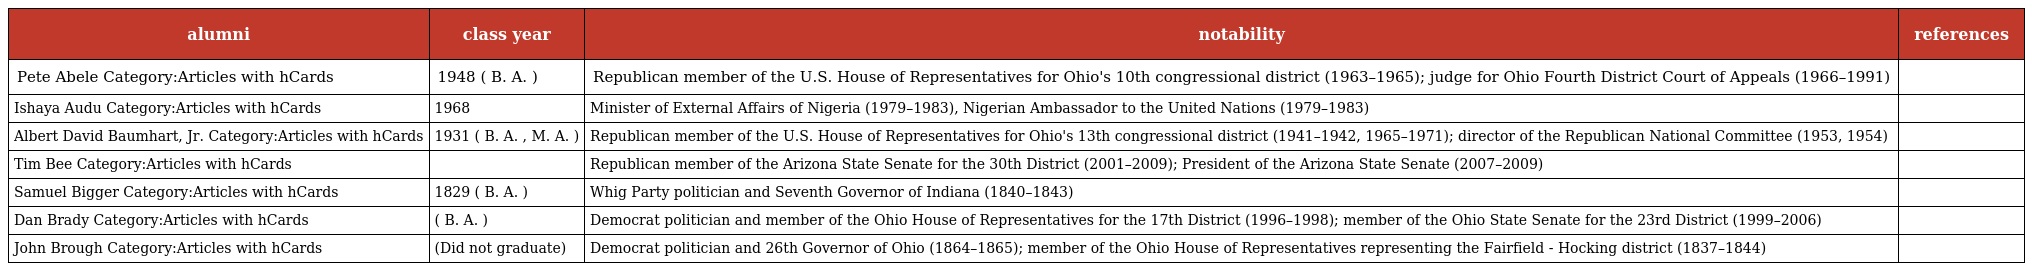
| alumni | class year | notability | references |
 | --- | --- | --- | --- |
 | Pete Abele Category:Articles with hCards | 1948 ( B. A. ) | Republican member of the U.S. House of Representatives for Ohio's 10th congressional district (1963–1965); judge for Ohio Fourth District Court of Appeals (1966–1991) |  |
 | Ishaya Audu Category:Articles with hCards | 1968 | Minister of External Affairs of Nigeria (1979–1983), Nigerian Ambassador to the United Nations (1979–1983) |  |
 | Albert David Baumhart, Jr. Category:Articles with hCards | 1931 ( B. A. , M. A. ) | Republican member of the U.S. House of Representatives for Ohio's 13th congressional district (1941–1942, 1965–1971); director of the Republican National Committee (1953, 1954) |  |
 | Tim Bee Category:Articles with hCards |  | Republican member of the Arizona State Senate for the 30th District (2001–2009); President of the Arizona State Senate (2007–2009) |  |
 | Samuel Bigger Category:Articles with hCards | 1829 ( B. A. ) | Whig Party politician and Seventh Governor of Indiana (1840–1843) |  |
 | Dan Brady Category:Articles with hCards | ( B. A. ) | Democrat politician and member of the Ohio House of Representatives for the 17th District (1996–1998); member of the Ohio State Senate for the 23rd District (1999–2006) |  |
 | John Brough Category:Articles with hCards | (Did not graduate) | Democrat politician and 26th Governor of Ohio (1864–1865); member of the Ohio House of Representatives representing the Fairfield - Hocking district (1837–1844) |  |